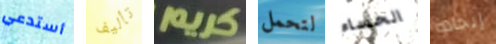
أستدعي تأليف كريم لتحمل الحساء إيجاده